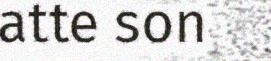
atte son